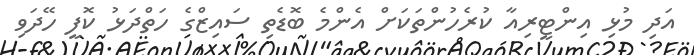
އަދި މުޅި އިންޓީރިއާ ކުރެހުންތަކަށް އެންމެ ބޮޑެތި ސައިޒްގެ ހަތްދަޅު ކޮފީ ހޭދަވި